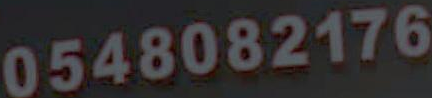
0548082176